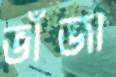
ভাঁজা